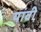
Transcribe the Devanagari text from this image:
यांवी